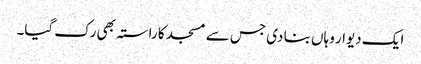
ایک دیوار وہاں بنا دی جس سے مسجد کا راستہ بھی رک گیا۔